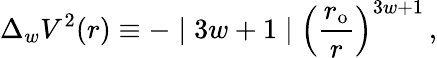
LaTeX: \Delta_{w}V^{2}(r)\equiv-\mid 3w+1\mid\left(\frac{r_{\mathrm{{o}}}}{r}\right)^{3w+1}\, ,